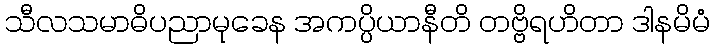
သီလသမာဓိပညာမုခေန အကပ္ပိယာနီတိ တဗ္ဗိရဟိတာ ဒါနမိမံ